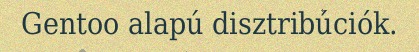
Gentoo alapú disztribúciók.